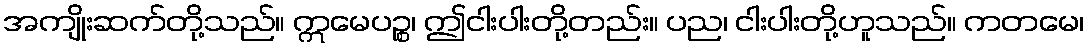
အကျိုးဆက်တို့သည်။ ဣမေပဉ္စ၊ ဤငါးပါးတို့တည်း။ ပည၊ ငါးပါးတို့ဟူသည်။ ကတမေ၊